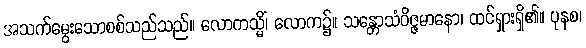
အသက်မွေးသောစစ်သည်သည်။ လောကသ္မိံ၊ လောက၌။ သန္တောသံဝိဇ္ဇမာနော၊ ထင်ရှားရှိ၏။ ပုနစ၊